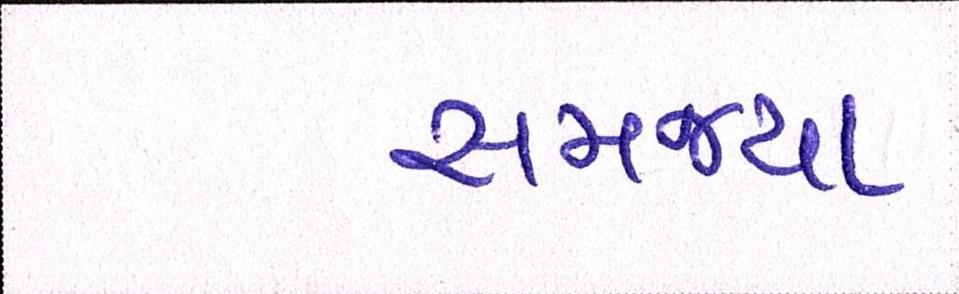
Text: સમજ્યા